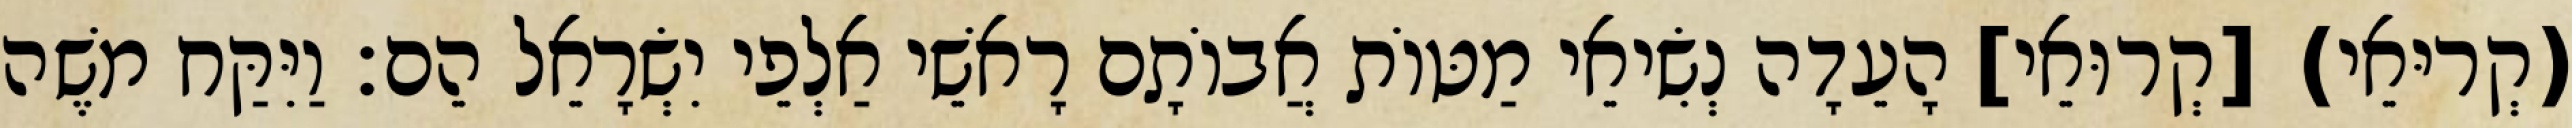
(קְריּאֵי) [קְרוּאֵי] הָעֵדָה נְשִׂיאֵי מַטּוֹת אֲבוֹתָם רָאשֵׁי אַלְפֵי יִשְׂרָאֵל הֵם׃ וַיִּקַּח משֶׁה